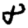
Digit: 8